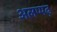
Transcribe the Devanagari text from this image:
अलप्पढ़